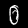
Label: 0